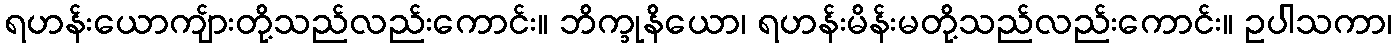
ရဟန်းယောကျ်ားတို့သည်လည်းကောင်း။ ဘိက္ခုနိယော၊ ရဟန်းမိန်းမတို့သည်လည်းကောင်း။ ဥပါသကာ၊